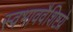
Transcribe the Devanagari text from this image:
स्वभाववैशिष्टय़े